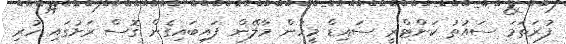
ފުރަތަމަ ސައުތު ކަންޓްރީ ސައިޑް މީހުން މާލޭން ފައިބައިގެން ގޮސް ރަށުގައި ހުރި